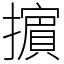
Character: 𢷤